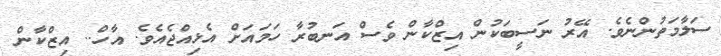
ސަލާމަތުންނެވެ. އޭރު ނަސީބަކުން އިޒްކާން ވެސް އަނބުރާ ހަމައަށް އެޅިއްޖެއެވެ. އާހް.. އިޒްކާން